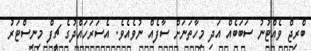
ބްރިޖް ވެއްޓުނު ސަބަބެއް އަދި މިހާތަނަށް ސާފެއް ނުވެއެވެ. އެސަރަހައްދުގެ ޗީފް މިނިސްޓަރު